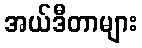
အယ်ဒီတာများ